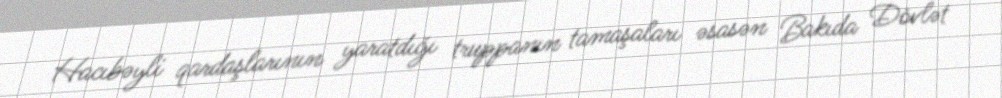
Hacıbəyli qardaşlarının yaratdığı truppanın tamaşaları əsasən Bakıda Dövlət